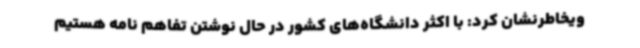
ویخاطرنشان کرد: با اکثر دانشگاه‌های کشور در حال نوشتن تفاهم نامه هستیم